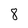
Character: 8